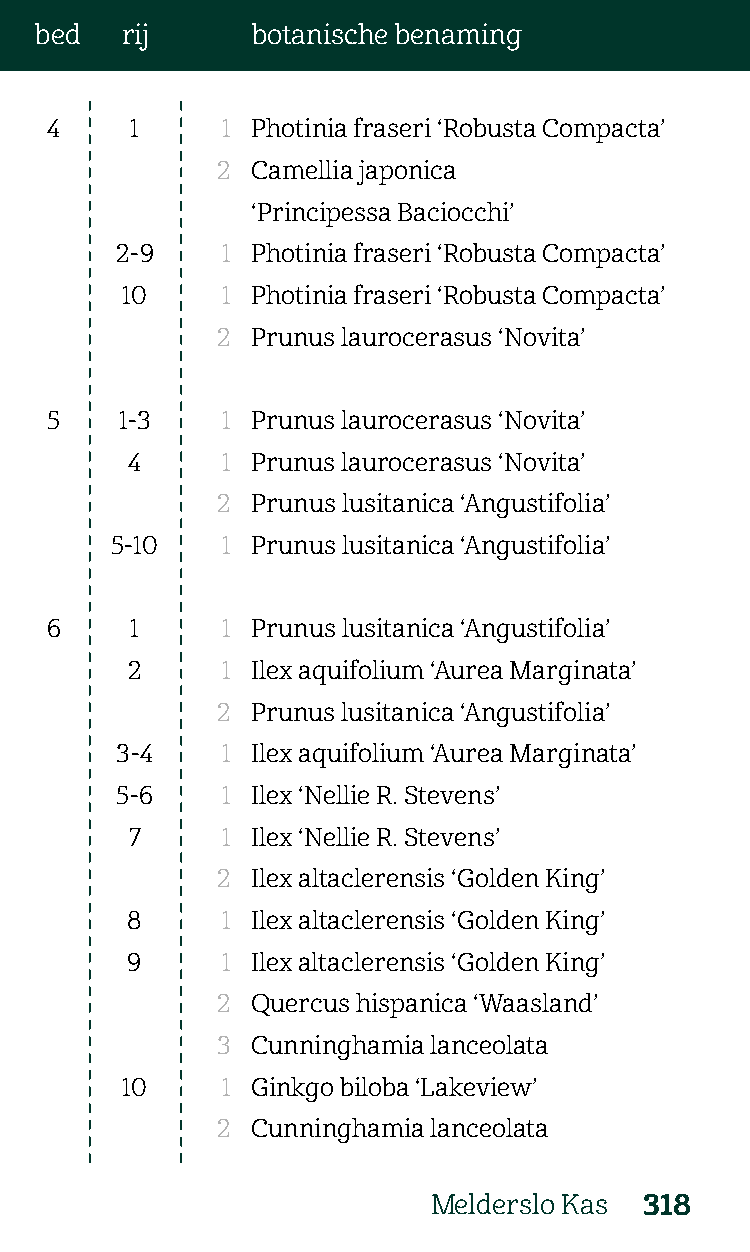
bed   rij      botanische benaming
 4     1     1 Photinia fraseri ‘Robusta Compacta’
 2  Camellia japonica
 ‘Principessa Baciocchi’
 2-9    1 Photinia fraseri ‘Robusta Compacta’
 10     1 Photinia fraseri ‘Robusta Compacta’
 2  Prunus laurocerasus ‘Novita’
 5    1-3    1 Prunus laurocerasus ‘Novita’
 4      1 Prunus laurocerasus ‘Novita’
 2  Prunus lusitanica ‘Angustifolia’
 5-10    1 Prunus lusitanica ‘Angustifolia’
 6     1     1 Prunus lusitanica ‘Angustifolia’
 2      1 Ilex aquifolium ‘Aurea Marginata’
 2  Prunus lusitanica ‘Angustifolia’
 3-4    1 Ilex aquifolium ‘Aurea Marginata’
 5-6    1 Ilex ‘Nellie R. Stevens’
 7     1 Ilex ‘Nellie R. Stevens’
 2  Ilex altaclerensis ‘Golden King’
 8      1 Ilex altaclerensis ‘Golden King’
 9      1 Ilex altaclerensis ‘Golden King’
 2  Quercus hispanica ‘Waasland’
 3  Cunninghamia lanceolata
 10     1 Ginkgo biloba ‘Lakeview’
 2  Cunninghamia lanceolata
 Melderslo Kas 318